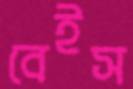
বেইস